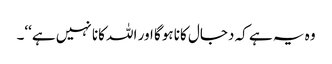
وہ یہ ہے کہ دجال کانا ہوگا اور اللہ کانا نہیں ہے‘‘۔